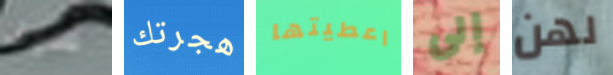
سوف هجرتك اعطيتها إلى لهن